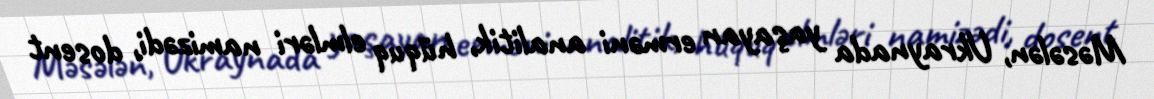
Məsələn, Ukraynada yaşayan erməni analitik, hüquq elmləri namizədi, dosent